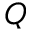
Q